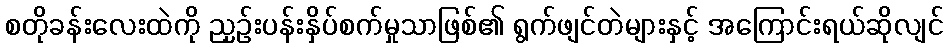
စတိုခန်းလေးထဲကို ညှဉ်းပန်းနှိပ်စက်မှုသာဖြစ်၏ ရွက်ဖျင်တဲများနှင့် အကြောင်းရယ်ဆိုလျင်